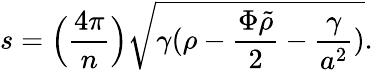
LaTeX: s=\Big({\frac{4\pi}{n}}\Big)\sqrt{\gamma(\rho-{\frac{\Phi\tilde{\rho}}{2}}-{\frac{\gamma}{a^{2}}})}.